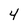
Character: 4